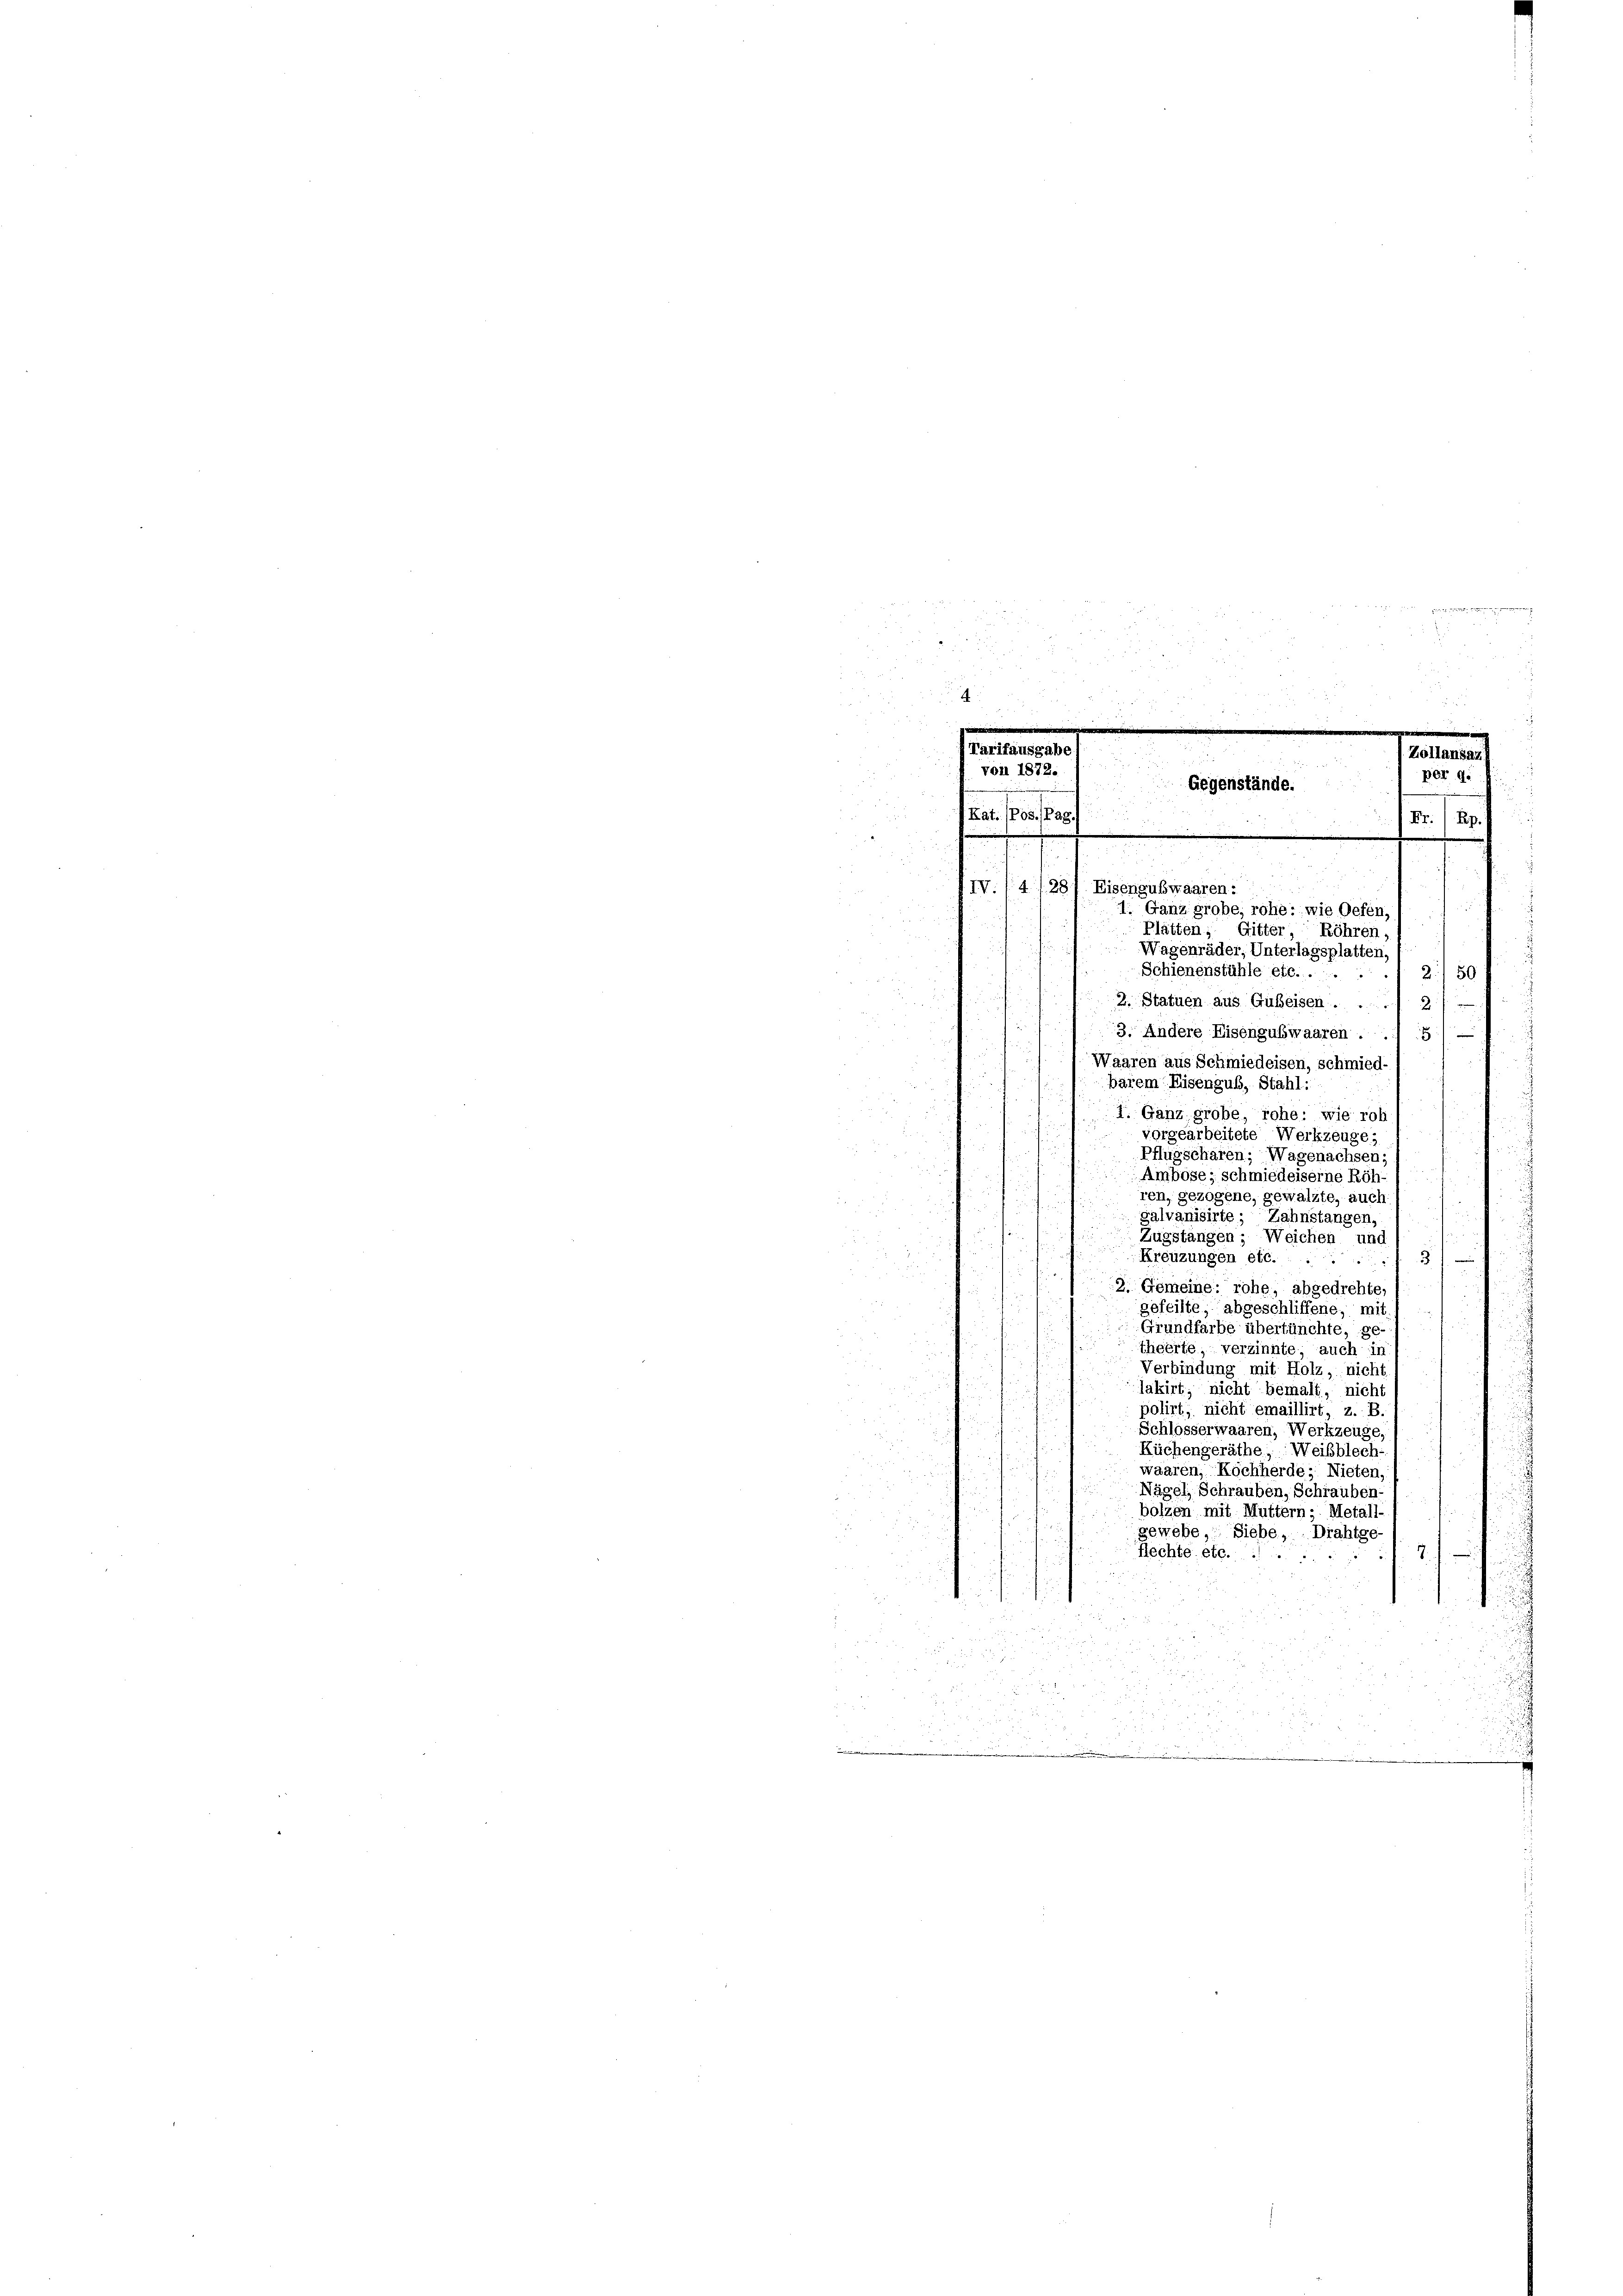
52
e
5

e

¬

 24
u

5
2

Von 1872.
Kat. (Pos. Pag.

IV. 14/281. Eisengubwaaren:
.
1. Ganz grobe, rohe: wie Gefen,
Platten, Gitter, Röhren,
Wagenräder, Unterlagsplatten,
Schienenstühle etc. ....
2/50
ri
r
2. Statuen aus Gubeisen. ... 2/

3. Andere Eisengubwaaren
8

Waaren aus Schmiedeisen, schmied
e
barem Eisengub, Stahl:
u
1
i. Ganz grobe, rohe, wie roh
 2
123
vorgearbeitete Werkzeuge-
 2
Pflugscharen; Wagenachsen,
Ambose; schmiederserne Röh
5
ren, gezogene, gewalzte, auch
i
galvanisirte; Zahnstangen.
u
Zugstangen - Weichen und
Kreuzungen etc.
3
2. Gemeine rohe, abgedrehte

gefeilte, abgeschliffene, mi
Grundfarbe übertünchte, ge
theerte, verzinnte auch is
Verbindung mit Holz, nicht
lakirt; nicht bemalt, nich
polirt, nicht emaillirt, z. B.
Schlosserwaaren, Werkzeuge,
Küchengeräthe, Weibblech-
waaren, Kochherde: Nieter
Nägel, Schrauben, Schrauben-
bolzen mit Muttern- Metall
gewebe, Siebe, Drahtge-
flechte etc.
d
.
m

Gegenstände

.
Zollansaz
per 9.
Fr./ Rp.